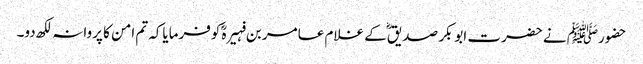
حضورﷺ نے حضرت ابوبکر صدیقؓ کے غلام عامر بن فہیرہؓ کوفرمایاکہ تم امن کا پروانہ لکھ دو۔